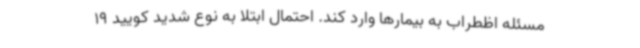
مسئله اظطراب به بیمارها وارد کند. احتمال ابتلا به نوع شدید کویید 19